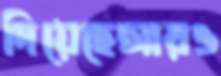
দিয়েছেআরও